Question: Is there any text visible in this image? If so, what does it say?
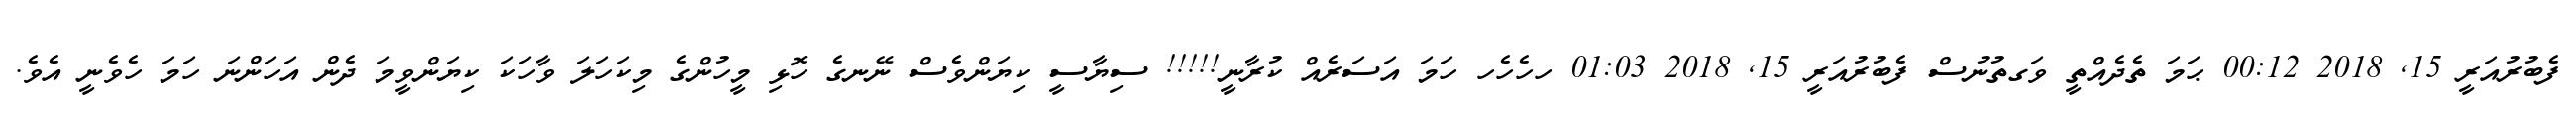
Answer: ފެބުރުއަރީ 15, 2018 00:12 ޙަމަ ތެދެއްތީ ވަގތުނުސް ފެބުރުއަރީ 15, 2018 01:03 ހހެހެހ ހަމަ އަސަރެއް ކުރާނީ!!!!! ސިޔާސީ ކިޔަންވެސް ނޭނގެ ހޮޅި މީހުންގެ މިކަހަލަ ވާހަކަ ކިޔަންވީމަ ދެން އަހަންނަ ހަމަ ހެވެނީ އެވެ.